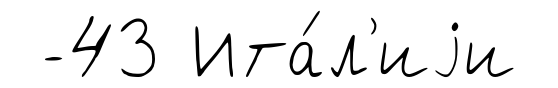
-43 Ита́л'иjи